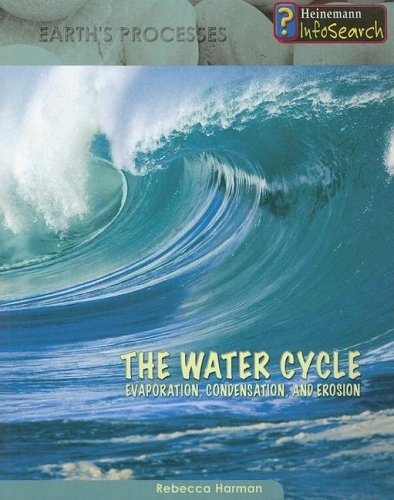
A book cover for The Water Cycle: Evaporation, Condensation & Erosion (Earth's Processes); Rebecca Harman; Science & Math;